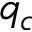
q _ { c }